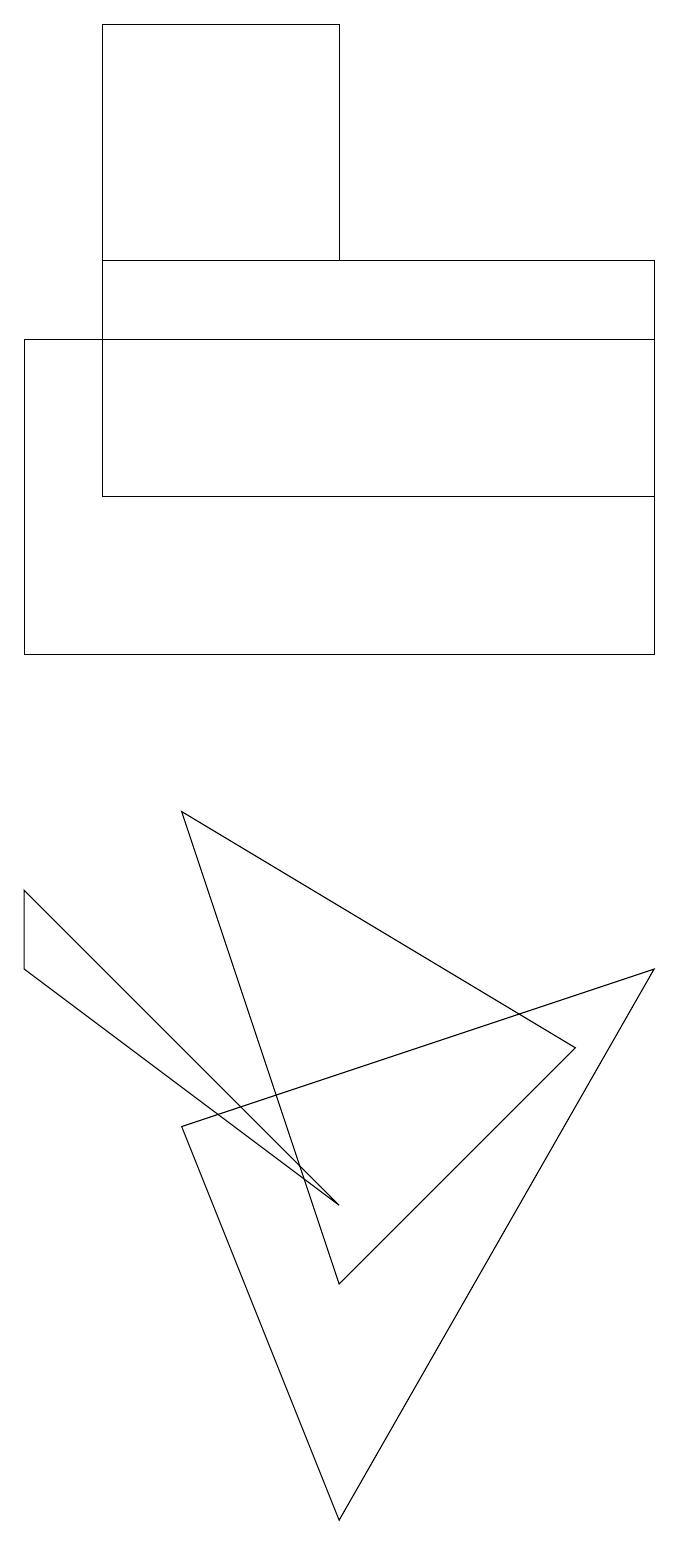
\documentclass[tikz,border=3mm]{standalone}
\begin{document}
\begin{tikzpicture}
\draw (1,15) rectangle (9,11);
\draw (3,5) -- (5,0) -- (9,7) -- cycle;
\draw (1,8) -- (5,4) -- (1,7) -- cycle;
\draw (2,16) rectangle (9,13);
\draw (8,6) -- (3,9) -- (5,3) -- cycle;
\draw (5,16) rectangle (2,19);
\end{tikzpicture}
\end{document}